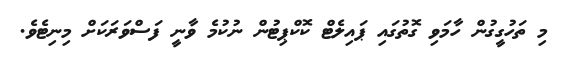
މި ތަހުގީގުން ހާމަވި ގޮތުގައި ޕައިލެޓް ކޮކްޕިޓުން ނުކުމެ ވާނީ ފަސްވަރަަކަށް މިނިޓެވެ.